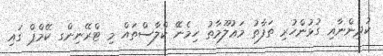
ކުދިންނާއި ގުޅުންހުރި ތަފާތު މަޢުލޫމާތު ހިމެނޭ ކްލާސްތައް މި ޓްރޭނިންގ ކޭމްޕް ގައި